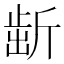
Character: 𣂯